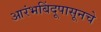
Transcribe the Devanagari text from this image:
आरंभबिंदूपासूनचे